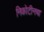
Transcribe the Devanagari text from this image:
निकोटीनचा